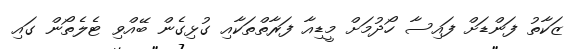
ޒަކާތު ފަންޑަށް ފައިސާ ހޯދުމަށް މީޑިއާ ފަރާތްތަކާއި ގުޅިގެން ބޭއްވި ޓެލެތޯން ގައި